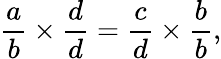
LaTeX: {\frac{a}{b}}\times{\frac{d}{d}}={\frac{c}{d}}\times{\frac{b}{b}},